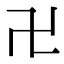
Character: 卍